Elephants and their diseases
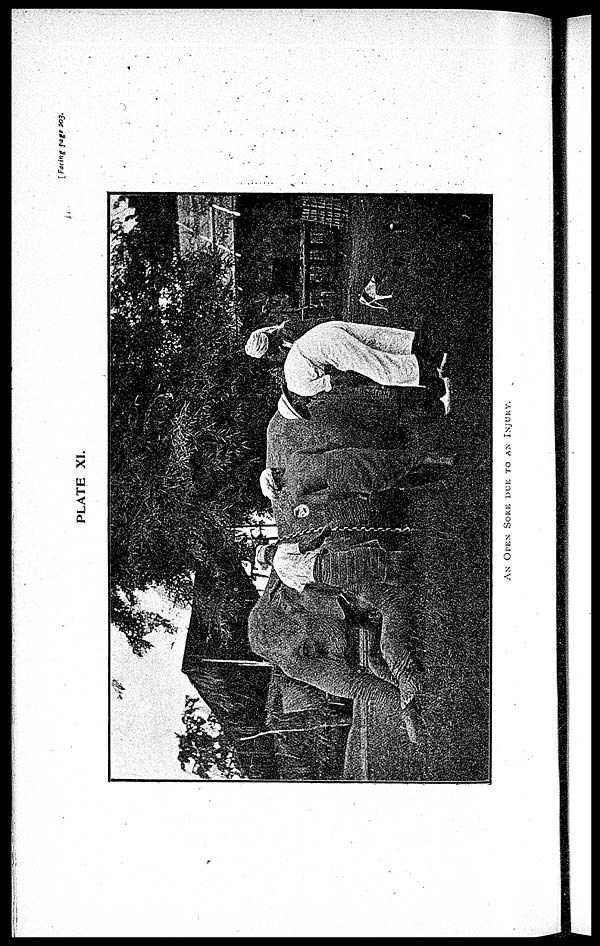
[Facing Page 203.
PLATE XI.
AN OPEN SORE DUE TO AN INJURY.